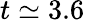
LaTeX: t\simeq 3.6